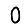
Digit: 0